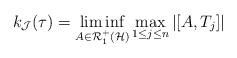
LaTeX: \begin{align*}k_{\mathcal J}(\tau) = \liminf_{A \in {\mathcal R}^+_1({\mathcal H})} \max_{1 \le j \le n} |[A,T_j]|\end{align*}